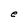
Character: e